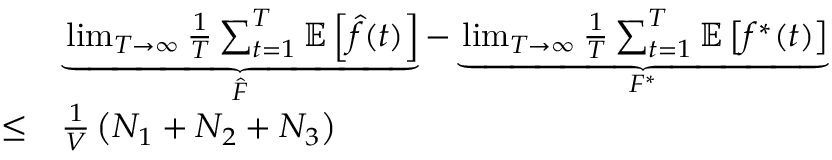
\begin{array} { r l } & { \underbrace { \operatorname* { l i m } _ { T \to \infty } \frac { 1 } { T } \sum _ { t = 1 } ^ { T } \mathbb { E } \left[ \hat { f } ( t ) \right] } _ { \hat { F } } - \underbrace { \operatorname* { l i m } _ { T \to \infty } \frac { 1 } { T } \sum _ { t = 1 } ^ { T } \mathbb { E } \left[ f ^ { * } ( t ) \right] } _ { F ^ { * } } } \\ { \le } & { \frac { 1 } { V } \left( N _ { 1 } + N _ { 2 } + N _ { 3 } \right) } \end{array}